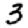
Digit: 3